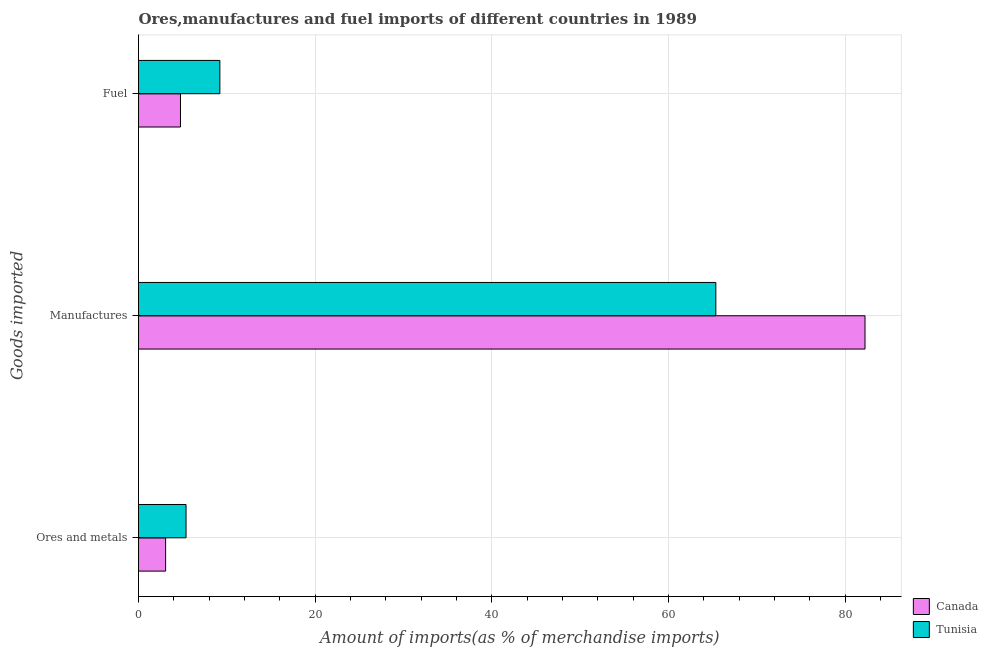
| Goods imported | Canada | Tunisia |
 | --- | --- | --- |
 | Ores and metals | 3.07 | 5.38 |
 | Manufactures | 82.2 | 65.3 |
 | Fuel | 4.75 | 9.21 |